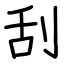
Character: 刮